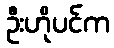
ဦးဟိုပင်က